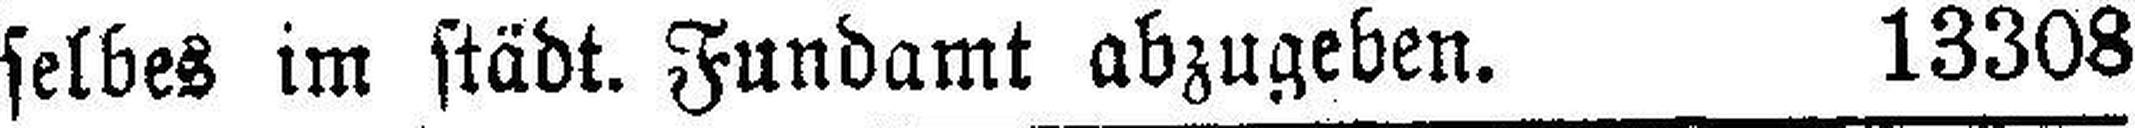
selbes im städt. Fundamt abzugeben. 13308